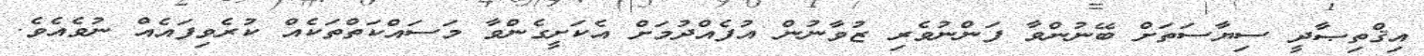
އިޤްތިޞާދީ ސިޔާސަތަށް ބޭނުންވާ ފަންނުވެރި ޒުވާނުން އުފެއްދުމަށް އެކަށީގެންވާ މަސައްކަތްތަކެއް ކުރެވިފައެއް ނުވެއެވެ.